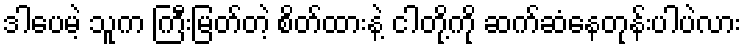
ဒါပေမဲ့ သူက ကြီးမြတ်တဲ့ စိတ်ထားနဲ့ ငါတို့ကို ဆက်ဆံနေတုန်းပါပဲလား